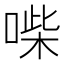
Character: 喍